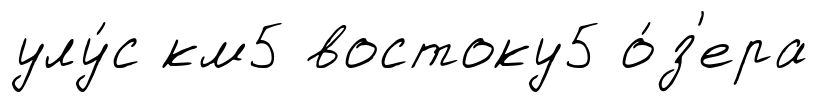
улу́с км5 востоку5 о́з'ера